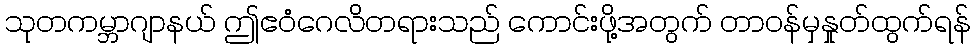
သုတကမ္ဘာဂျာနယ် ဤဧဝံဂေလိတရားသည် ကောင်းဖို့အတွက် တာဝန်မှနှုတ်ထွက်ရန်